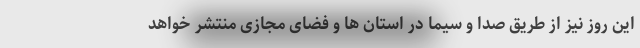
این روز نیز از طریق صدا و سیما در استان ها و فضای مجازی منتشر خواهد